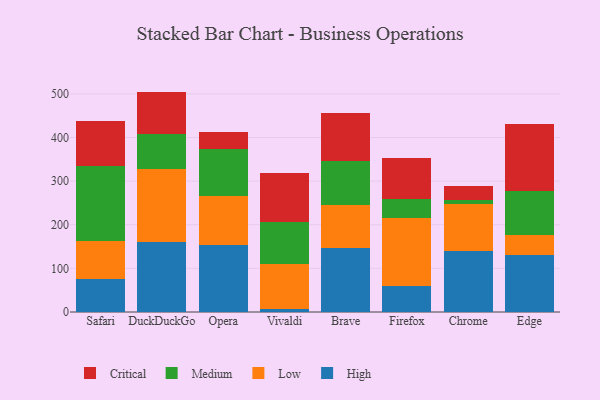
{"axis": {"x": "Browser", "y": "Active Users"}, "legend": ["Critical", "High", "Low", "Medium"], "data": [{"x": "Safari", "y": 75.9, "type": "High"}, {"x": "Safari", "y": 87.0, "type": "Low"}, {"x": "Safari", "y": 171.9, "type": "Medium"}, {"x": "Safari", "y": 104.1, "type": "Critical"}, {"x": "DuckDuckGo", "y": 159.4, "type": "High"}, {"x": "DuckDuckGo", "y": 168.6, "type": "Low"}, {"x": "DuckDuckGo", "y": 78.9, "type": "Medium"}, {"x": "DuckDuckGo", "y": 98.3, "type": "Critical"}, {"x": "Opera", "y": 153.4, "type": "High"}, {"x": "Opera", "y": 112.2, "type": "Low"}, {"x": "Opera", "y": 107.6, "type": "Medium"}, {"x": "Opera", "y": 39.3, "type": "Critical"}, {"x": "Vivaldi", "y": 6.0, "type": "High"}, {"x": "Vivaldi", "y": 104.8, "type": "Low"}, {"x": "Vivaldi", "y": 94.4, "type": "Medium"}, {"x": "Vivaldi", "y": 113.5, "type": "Critical"}, {"x": "Brave", "y": 146.0, "type": "High"}, {"x": "Brave", "y": 98.9, "type": "Low"}, {"x": "Brave", "y": 101.9, "type": "Medium"}, {"x": "Brave", "y": 109.8, "type": "Critical"}, {"x": "Firefox", "y": 60.6, "type": "High"}, {"x": "Firefox", "y": 154.4, "type": "Low"}, {"x": "Firefox", "y": 44.5, "type": "Medium"}, {"x": "Firefox", "y": 93.7, "type": "Critical"}, {"x": "Chrome", "y": 138.8, "type": "High"}, {"x": "Chrome", "y": 109.4, "type": "Low"}, {"x": "Chrome", "y": 7.7, "type": "Medium"}, {"x": "Chrome", "y": 31.8, "type": "Critical"}, {"x": "Edge", "y": 130.9, "type": "High"}, {"x": "Edge", "y": 45.1, "type": "Low"}, {"x": "Edge", "y": 102.4, "type": "Medium"}, {"x": "Edge", "y": 151.7, "type": "Critical"}]}